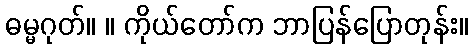
ဓမ္မဂုတ်။ ။ ကိုယ်တော်က ဘာပြန်ပြောတုန်း။